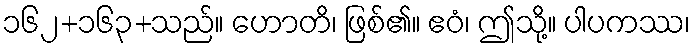
၁၆၂+၁၆၃+သည်။ ဟောတိ၊ ဖြစ်၏။ ဧဝံ၊ ဤသို့။ ပါပကဿ၊